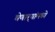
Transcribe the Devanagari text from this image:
घेणार्‍यांमध्ये